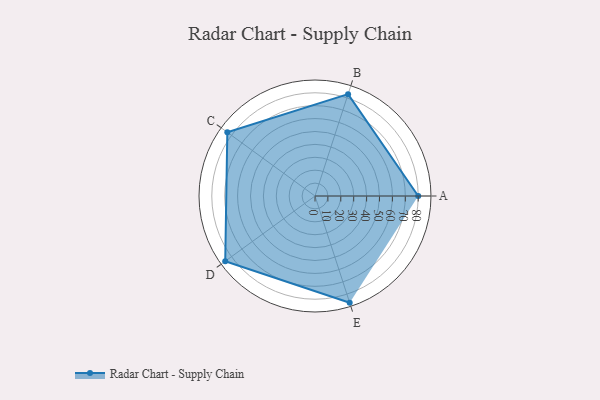
{"axis": {"x": "Skill", "y": "Score"}, "legend": ["Profile"], "data": [{"x": "A", "y": 80.0, "type": "Profile"}, {"x": "B", "y": 83.0, "type": "Profile"}, {"x": "C", "y": 84.0, "type": "Profile"}, {"x": "D", "y": 86.0, "type": "Profile"}, {"x": "E", "y": 87.0, "type": "Profile"}]}